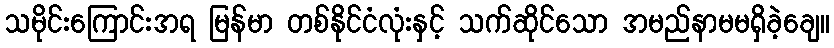
သမိုင်းကြောင်းအရ မြန်မာ တစ်နိုင်ငံလုံးနှင့် သက်ဆိုင်သော အမည်နာမမရှိခဲ့ချေ။